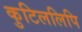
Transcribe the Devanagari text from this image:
कुटिललिपि